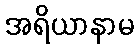
အရိယာနာမ